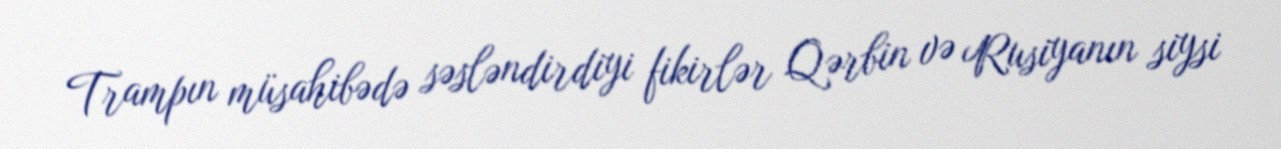
Trampın müsahibədə səsləndirdiyi fikirlər Qərbin və Rusiyanın siysi